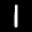
Label: 1